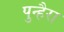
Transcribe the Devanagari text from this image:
पुन्हैरा